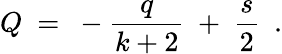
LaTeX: Q\ =\ -\frac{q}{k+2}\ +\ \frac{s}{2}\ \ .